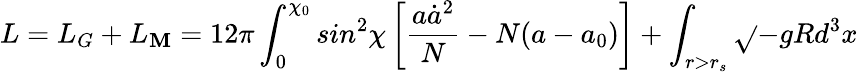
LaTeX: L=L_{G}+L_{\mathbf{M}}=12\pi\int_{0}^{\chi_{0}}sin^{2}\chi\left[\frac{{a\dot{{a}}^{2}}}{{N}}-N(a-a_{0})\right]+\int_{r>r_{s}}\sqrt{}{{-g}}Rd^{3}x